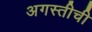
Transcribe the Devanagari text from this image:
अगस्तीची